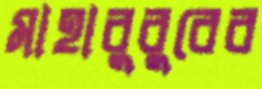
মাহাবুবুরের